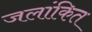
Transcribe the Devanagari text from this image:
जलांकित